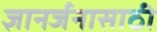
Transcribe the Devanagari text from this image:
ज्ञानर्जनासाठी